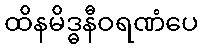
ထိနမိဒ္ဓနီဝရဏံပေ